Lunatic asylums Madras 1877-1891 - 1877-1891
Year: 1877
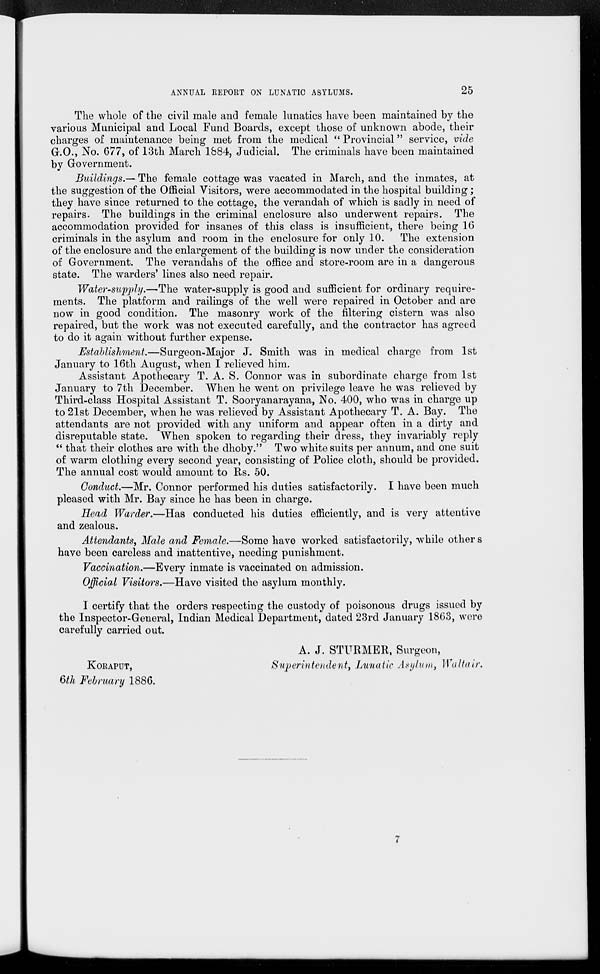
ANNUAL REPORT ON LUNATIC ASYLUMS.
25
The whole of the civil male and female lunatics have been maintained by the
various Municipal and Local Fund Boards, except those of unknown abode, their
charges of maintenance being met from the medical " Provincial" service, vide
G.O., No. 677, of 13th March 1884, Judicial. The criminals have been maintained
by Government.
Buildings.— The female cottage was vacated in March, and the inmates, at
the suggestion of the Official Visitors, were accommodated in the hospital building;
they have since returned to the cottage, the verandah of which is sadly in need of
repairs. The buildings in the criminal enclosure also underwent repairs. The
accommodation provided for insanes of this class is insufficient, there being 16
criminals in the asylum and room in the enclosure for only 10. The extension
of the enclosure and the enlargement of the building is now under the consideration
of Government. The verandahs of the office and store-room are in a dangerous
state. The warders' lines also need repair.
Water-supply.—The water-supply is good and sufficient for ordinary require-
ments. The platform and railings of the well were repaired in October and are
now in good condition. The masonry work of the filtering cistern was also
repaired, but the work was not executed carefully, and the contractor has agreed
to do it again without further expense.
Establishment.—Surgeon-Major J. Smith was in medical charge from 1st
January to 16th August, when I relieved him.
Assistant Apothecary T. A. S. Connor was in subordinate charge from 1st
January to 7th December. When he went on privilege leave he was relieved by
Third-class Hospital Assistant T. Sooryanarayana, No. 400, who was in charge up
to 21st December, when he was relieved by Assistant Apothecary T. A. Bay. The
attendants are not provided with any uniform and appear often in a dirty and
disreputable state. When spoken to regarding their dress, they invariably reply
" that their clothes are with the dhoby." Two white suits per annum, and one suit
of warm clothing every second year, consisting of Police cloth, should be provided.
The annual cost would amount to Rs. 50.
Conduct.—Mr. Connor performed his duties satisfactorily. I have been much
pleased with Mr. Bay since he has been in charge.
Head Warder.—Has conducted his duties efficiently, and is very attentive
and zealous.
Attendants, Male and Female.—Some have worked satisfactorily, while others
have been careless and inattentive, needing punishment.
Vaccination.—Every inmate is vaccinated on admission.
Official Visitors.—Have visited the asylum monthly.
I certify that the orders respecting the custody of poisonous drugs issued by
the Inspector-General, Indian Medical Department, dated 23rd January 1863, were
carefully carried out.
A. J. STURMER, Surgeon,
KORAPUT,
Superintendent, Lunatic Asylum, Waltair.
6th February 1886.
7